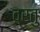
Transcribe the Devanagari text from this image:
व्रतु